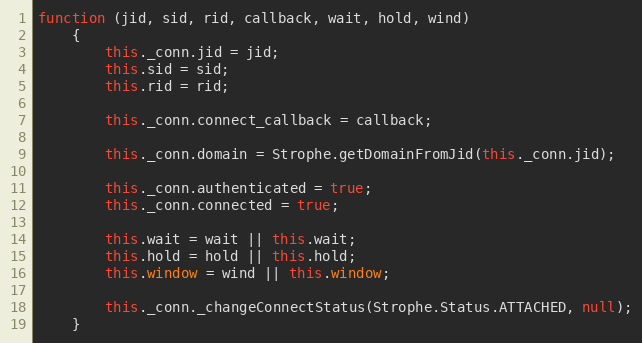
Language: JavaScript
function (jid, sid, rid, callback, wait, hold, wind)
    {
        this._conn.jid = jid;
        this.sid = sid;
        this.rid = rid;

        this._conn.connect_callback = callback;

        this._conn.domain = Strophe.getDomainFromJid(this._conn.jid);

        this._conn.authenticated = true;
        this._conn.connected = true;

        this.wait = wait || this.wait;
        this.hold = hold || this.hold;
        this.window = wind || this.window;

        this._conn._changeConnectStatus(Strophe.Status.ATTACHED, null);
    }